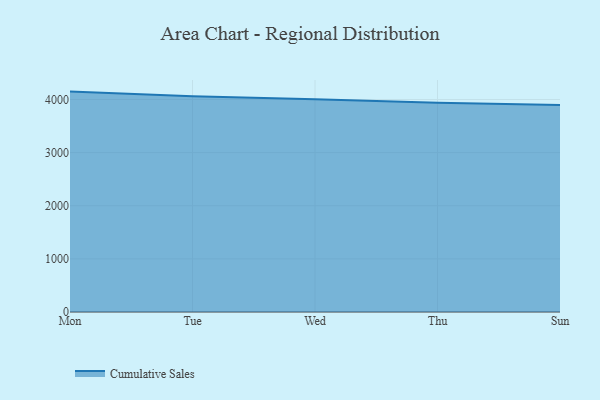
{"axis": {"x": "Day", "y": "Latency (ms)"}, "legend": ["Cumulative Sales"], "data": [{"x": "Mon", "y": 4148.9, "type": "Cumulative Sales"}, {"x": "Tue", "y": 4059.9, "type": "Cumulative Sales"}, {"x": "Wed", "y": 4004.7, "type": "Cumulative Sales"}, {"x": "Thu", "y": 3940.1, "type": "Cumulative Sales"}, {"x": "Sun", "y": 3897.2, "type": "Cumulative Sales"}]}